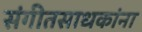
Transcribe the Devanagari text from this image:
संगीतसाधकांना